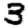
Digit: 3